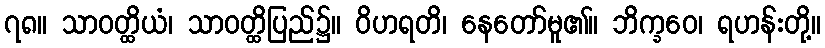
၇၈။ သာဝတ္ထိယံ၊ သာဝတ္ထိပြည်၌။ ဝိဟရတိ၊ နေတော်မူ၏။ ဘိက္ခဝေ၊ ရဟန်းတို့။